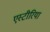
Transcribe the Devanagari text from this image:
एस्टीरिया